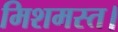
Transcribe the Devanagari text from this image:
मिशमस्त।